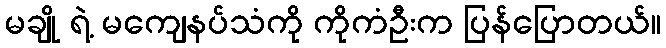
မချို ရဲ့ မကျေနပ်သံကို ကိုကံဦးက ပြန်ပြောတယ်။